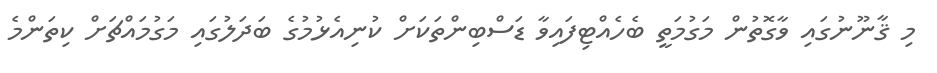
މި ޤާނޫނުގައި ވާގޮތުން މަގުމަތީ ބެހެއްޓިފައިވާ ޑަސްބިންތަކަށް ކުނިއެޅުމުގެ ބަދަލުގައި މަގުމައްޗަށް ކިތަންމެ